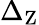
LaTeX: \Delta_{\mathrm{Z}}